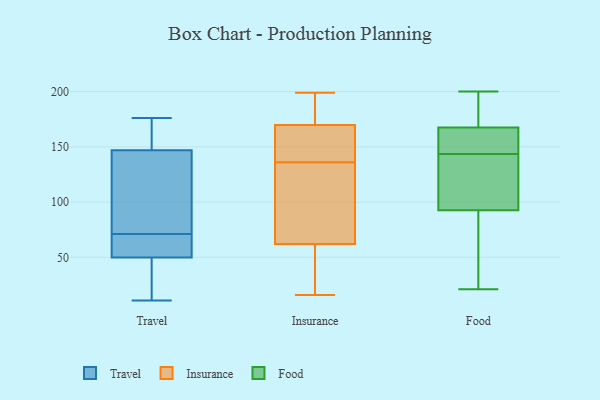
{"axis": {"x": "Market Share (%)", "y": "Value"}, "legend": ["Food", "Insurance", "Travel"], "data": [{"x": "", "y": 149, "type": "Travel"}, {"x": "", "y": 165, "type": "Travel"}, {"x": "", "y": 148, "type": "Travel"}, {"x": "", "y": 100, "type": "Travel"}, {"x": "", "y": 144, "type": "Travel"}, {"x": "", "y": 59, "type": "Travel"}, {"x": "", "y": 62, "type": "Travel"}, {"x": "", "y": 74, "type": "Travel"}, {"x": "", "y": 71, "type": "Travel"}, {"x": "", "y": 176, "type": "Travel"}, {"x": "", "y": 70, "type": "Travel"}, {"x": "", "y": 17, "type": "Travel"}, {"x": "", "y": 49, "type": "Travel"}, {"x": "", "y": 120, "type": "Travel"}, {"x": "", "y": 17, "type": "Travel"}, {"x": "", "y": 49, "type": "Travel"}, {"x": "", "y": 166, "type": "Travel"}, {"x": "", "y": 11, "type": "Travel"}, {"x": "", "y": 52, "type": "Travel"}, {"x": "", "y": 166, "type": "Insurance"}, {"x": "", "y": 82, "type": "Insurance"}, {"x": "", "y": 155, "type": "Insurance"}, {"x": "", "y": 54, "type": "Insurance"}, {"x": "", "y": 169, "type": "Insurance"}, {"x": "", "y": 176, "type": "Insurance"}, {"x": "", "y": 199, "type": "Insurance"}, {"x": "", "y": 62, "type": "Insurance"}, {"x": "", "y": 136, "type": "Insurance"}, {"x": "", "y": 118, "type": "Insurance"}, {"x": "", "y": 38, "type": "Insurance"}, {"x": "", "y": 184, "type": "Insurance"}, {"x": "", "y": 16, "type": "Insurance"}, {"x": "", "y": 62, "type": "Insurance"}, {"x": "", "y": 170, "type": "Insurance"}, {"x": "", "y": 169, "type": "Food"}, {"x": "", "y": 100, "type": "Food"}, {"x": "", "y": 21, "type": "Food"}, {"x": "", "y": 50, "type": "Food"}, {"x": "", "y": 166, "type": "Food"}, {"x": "", "y": 159, "type": "Food"}, {"x": "", "y": 152, "type": "Food"}, {"x": "", "y": 117, "type": "Food"}, {"x": "", "y": 198, "type": "Food"}, {"x": "", "y": 121, "type": "Food"}, {"x": "", "y": 131, "type": "Food"}, {"x": "", "y": 184, "type": "Food"}, {"x": "", "y": 70, "type": "Food"}, {"x": "", "y": 147, "type": "Food"}, {"x": "", "y": 140, "type": "Food"}, {"x": "", "y": 175, "type": "Food"}, {"x": "", "y": 147, "type": "Food"}, {"x": "", "y": 41, "type": "Food"}, {"x": "", "y": 200, "type": "Food"}, {"x": "", "y": 85, "type": "Food"}]}